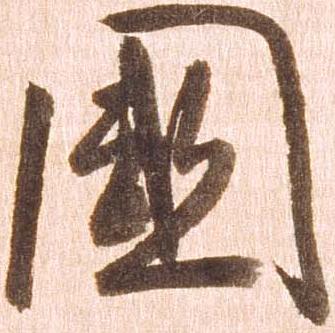
国